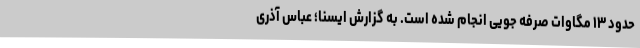
حدود ۱۳ مگاوات صرفه جویی انجام شده است. به گزارش ایسنا؛ عباس آذری